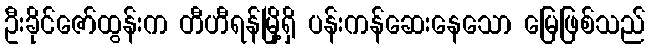
ဦးခိုင်ဇော်ထွန်းက တီဟီရန်မြို့ရှိ ပန်းကန်ဆေးနေသော မြေဖြစ်သည်